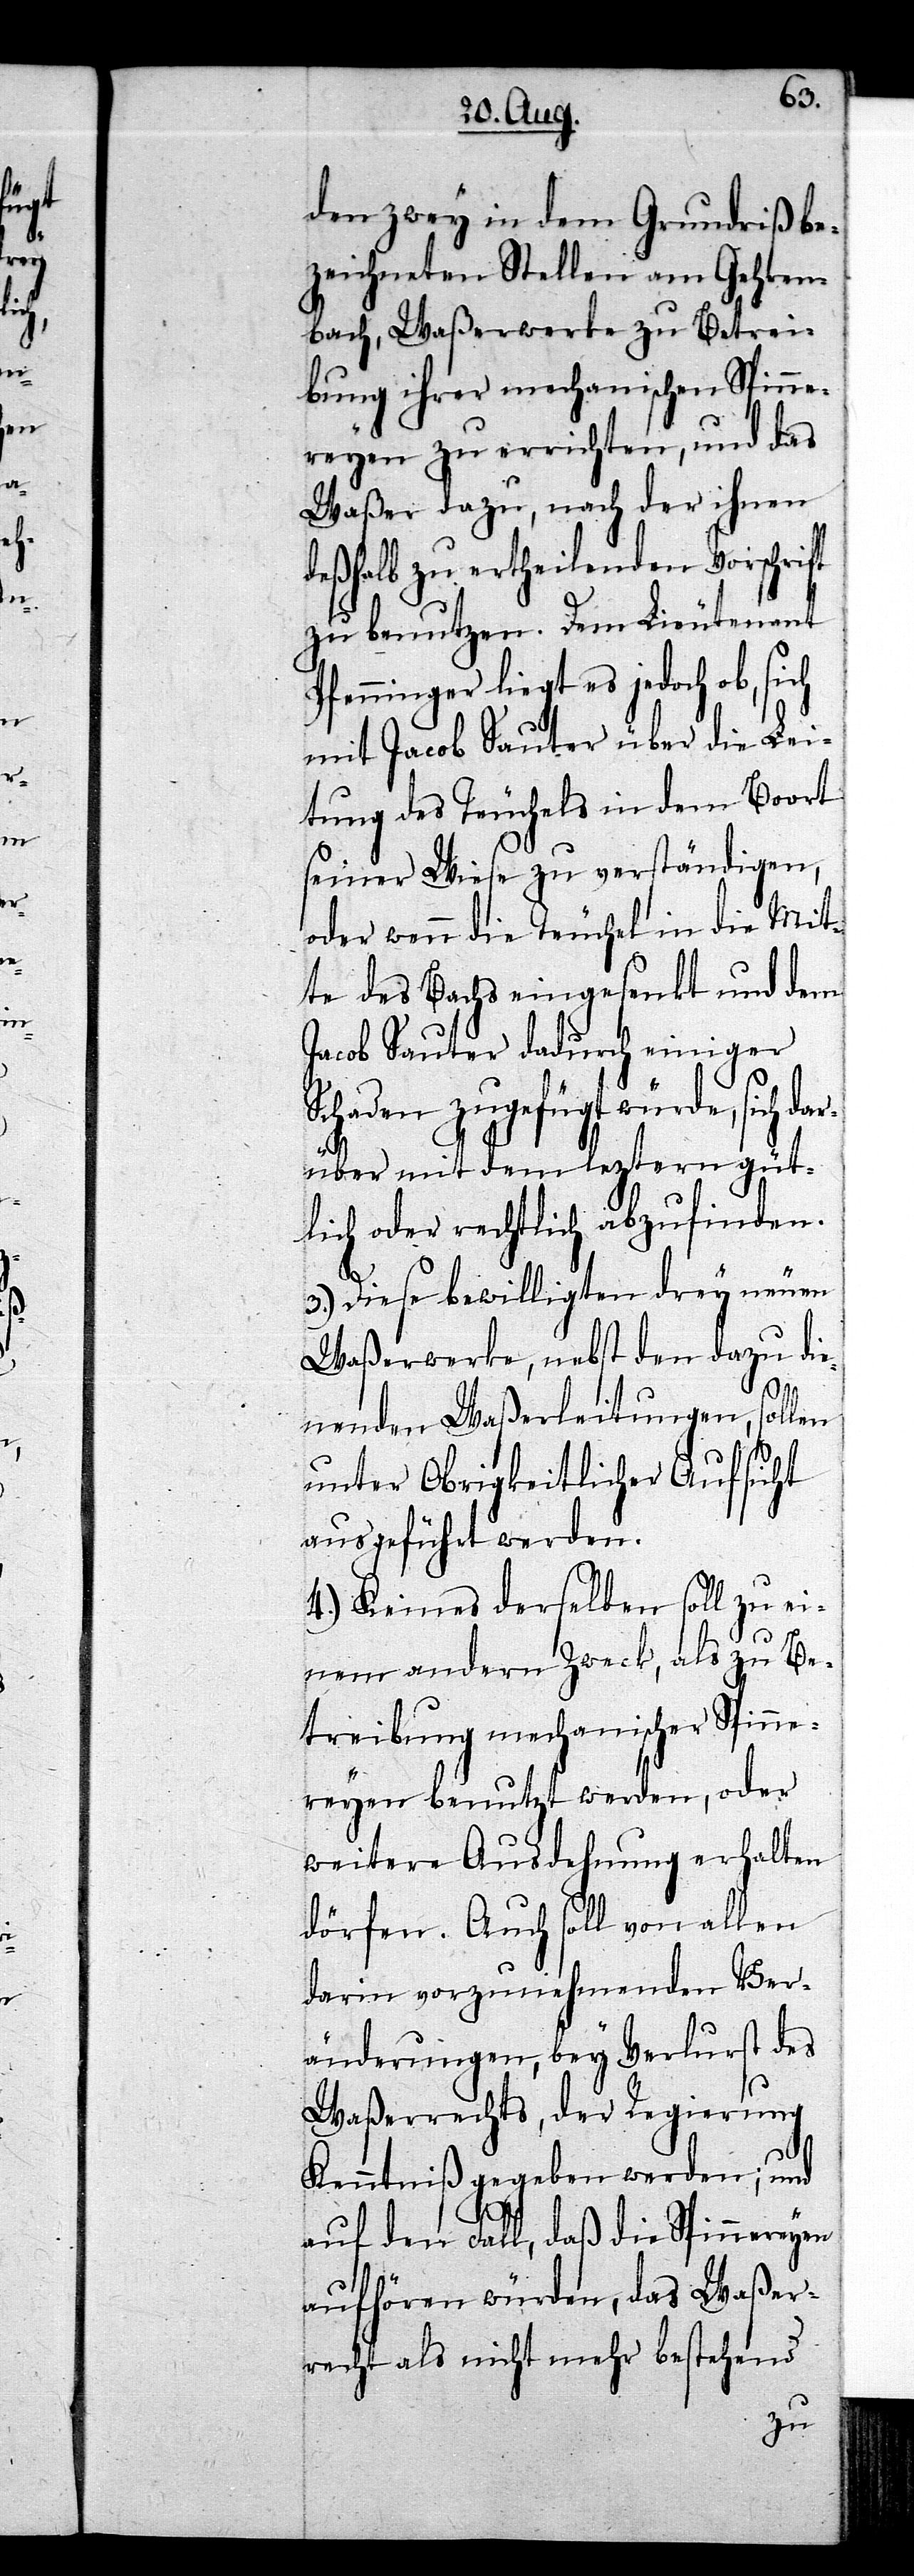
den zwey in dem Grundriß be¬
zeichneten Stellen am Gehren¬
bach, Waßerwerke zu Betrei¬
bung ihrer mechanischen Spinne¬
reyen zu errichten, und das
Waßer dazu, nach der ihnen
deßhalb zu ertheilenden Vorschrift
zu benutzen. Dem Lieutenant
Pfenninger liegt es jedoch ob, sich
mit Jacob Sauter über die Lei¬
tung des Teuchels in dem Boort
seiner Wiese zu verständigen,
oder wenn die Teuchel in die Mit¬
te des Bachs eingesenkt und dem
Jacob Sauter dadurch einiger
Schaden zugefügt würde, sich
darüber mit dem leztern güt¬
lich oder rechtlich abzufinden.
3.) Diese bewilligten drey neuen
Waßerwerke, nebst den dazu die¬
nenden Waßerleitungen, sollen
unter Obrigkeitlicher Aufsicht
ausgeführt werden.
4.) Keines derselben soll zu ei¬
nem andern Zweck, als zu Be¬
treibung mechanischer Spinne¬
reyen benutzt werden, oder
weitere Ausdehnung erhalten
dörfen. Auch soll von allen
darin vorzunehmenden Ver¬
änderungen, bey Verlurst des
Waßerrechts, der Regierung
Kenntniß gegeben werden; und
auf den Fall, daß die Spinnereyen
aufhören würden, das Waßer¬
recht als nicht mehr bestehend